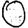
Digit: 0